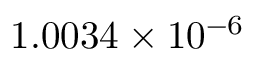
1 . 0 0 3 4 \times 1 0 ^ { - 6 }